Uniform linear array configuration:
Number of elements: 12
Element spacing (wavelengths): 0.25
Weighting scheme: binomial
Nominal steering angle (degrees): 0
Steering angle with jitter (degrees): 1.408
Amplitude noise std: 0.05
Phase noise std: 0.05

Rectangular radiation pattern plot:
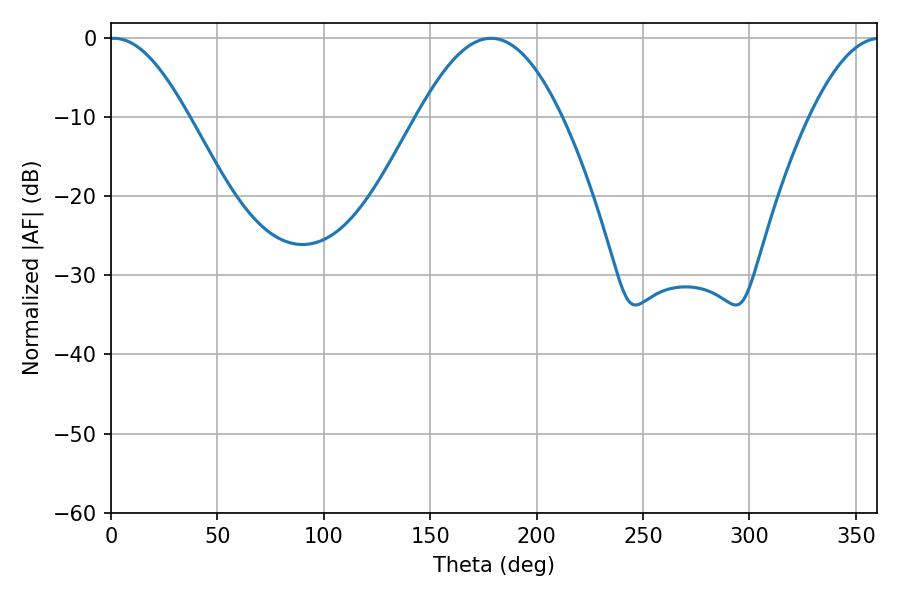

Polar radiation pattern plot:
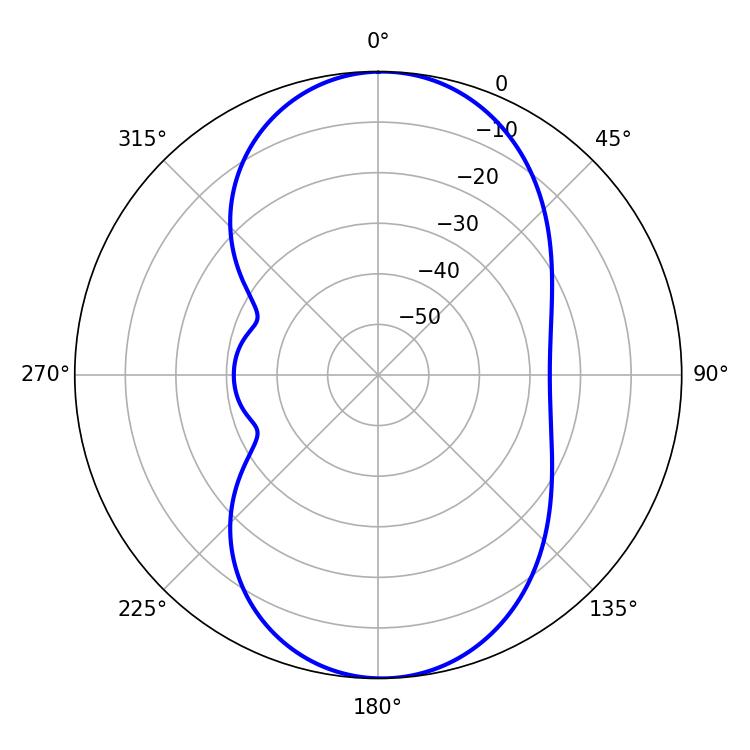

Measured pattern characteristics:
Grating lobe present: FALSE
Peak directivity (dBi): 15.672
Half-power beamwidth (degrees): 19.98
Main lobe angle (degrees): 1.44